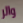
والر